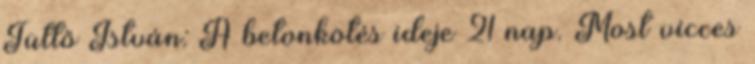
Tüttő István: A betonkötés ideje 21 nap. Most vicces